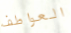
العواطف